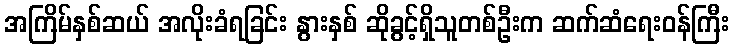
အကြိမ်နှစ်ဆယ် အလိုးခံရခြင်း နွားနှစ် ဆိုခွင့်ရှိသူတစ်ဦးက ဆက်ဆံရေးဝန်ကြီး